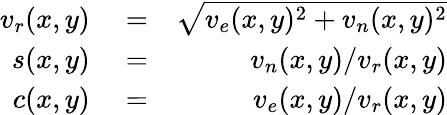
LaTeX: \begin{array}{rlr}{v_{r}(x,y)}&{{}=}&{\sqrt{v_{e}(x,y)^{2}+v_{n}(x,y)^{2}}}\\ {s(x,y)}&{{}=}&{v_{n}(x,y)/v_{r}(x,y)}\\ {c(x,y)}&{{}=}&{v_{e}(x,y)/v_{r}(x,y)}\end{array}